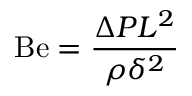
\mathrm { B e } = { \frac { \Delta P L ^ { 2 } } { \rho \delta ^ { 2 } } }